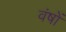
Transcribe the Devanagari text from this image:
वंषों